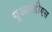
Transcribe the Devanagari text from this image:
यूआरडीएस